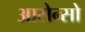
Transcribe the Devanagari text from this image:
आसेन्सो